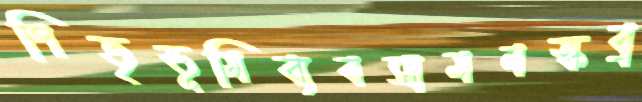
পিতৃভূমিব্যবসামনস্কব্র